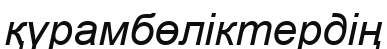
қүрамбөліктердің